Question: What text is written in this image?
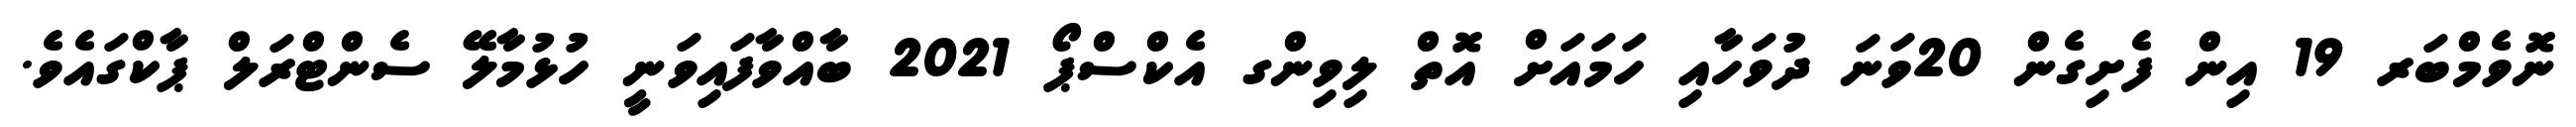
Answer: ނޮވެމްބަރ 19 އިން ފެށިގެން 20ވަނަ ދުވަހާއި ހަމައަށް އޮތް ލިވިންގ އެކްސްޕޯ 2021 ބާއްވާފައިވަނީ ހުޅުމާލޭ ސެންޓްރަލް ޕާކްގައެވެ.